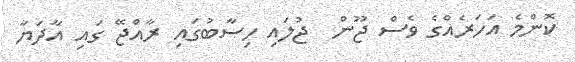
ކޮންމެ އަހަރެއްގެ ވެސް ޖޫން  ޖުލައި ހިސާބުގައި ރާއްޖޭ ގައި އާދަޔާ